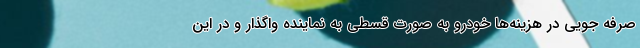
صرفه جویی در هزینه‌ها خودرو به صورت قسطی به نماینده واگذار و در این